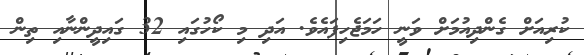
ކުރިއަށް ގެންދިއުމަށް ވަނީ ހަމަޖެހިފައެވެ. އަދި މި ކޯހުގައި 32 ގައިދީންނާއި ތިން